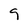
Character: 9